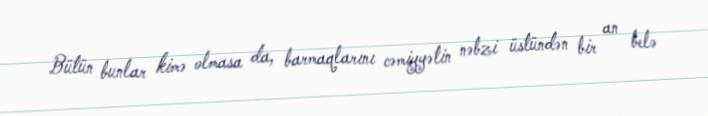
Bütün bunlar kimə olmasa da, barmaqlarını cəmiyyətin nəbzi üstündən bir an belə